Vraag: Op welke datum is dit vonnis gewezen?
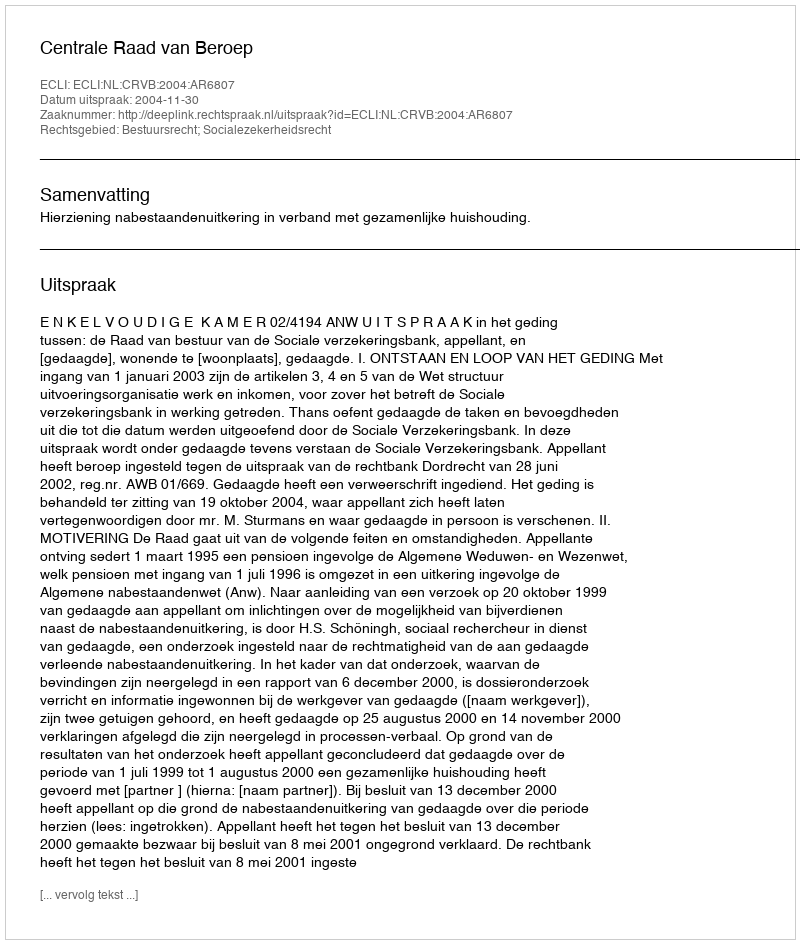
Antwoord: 2004-11-30